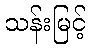
သန်းမြင့်